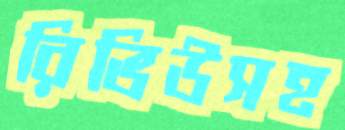
রিভিউসহ